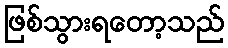
ဖြစ်သွားရတော့သည်